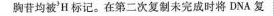
胸苷均被^{3}H标记。在第二次复制未完成时将DNA复